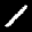
Label: 1